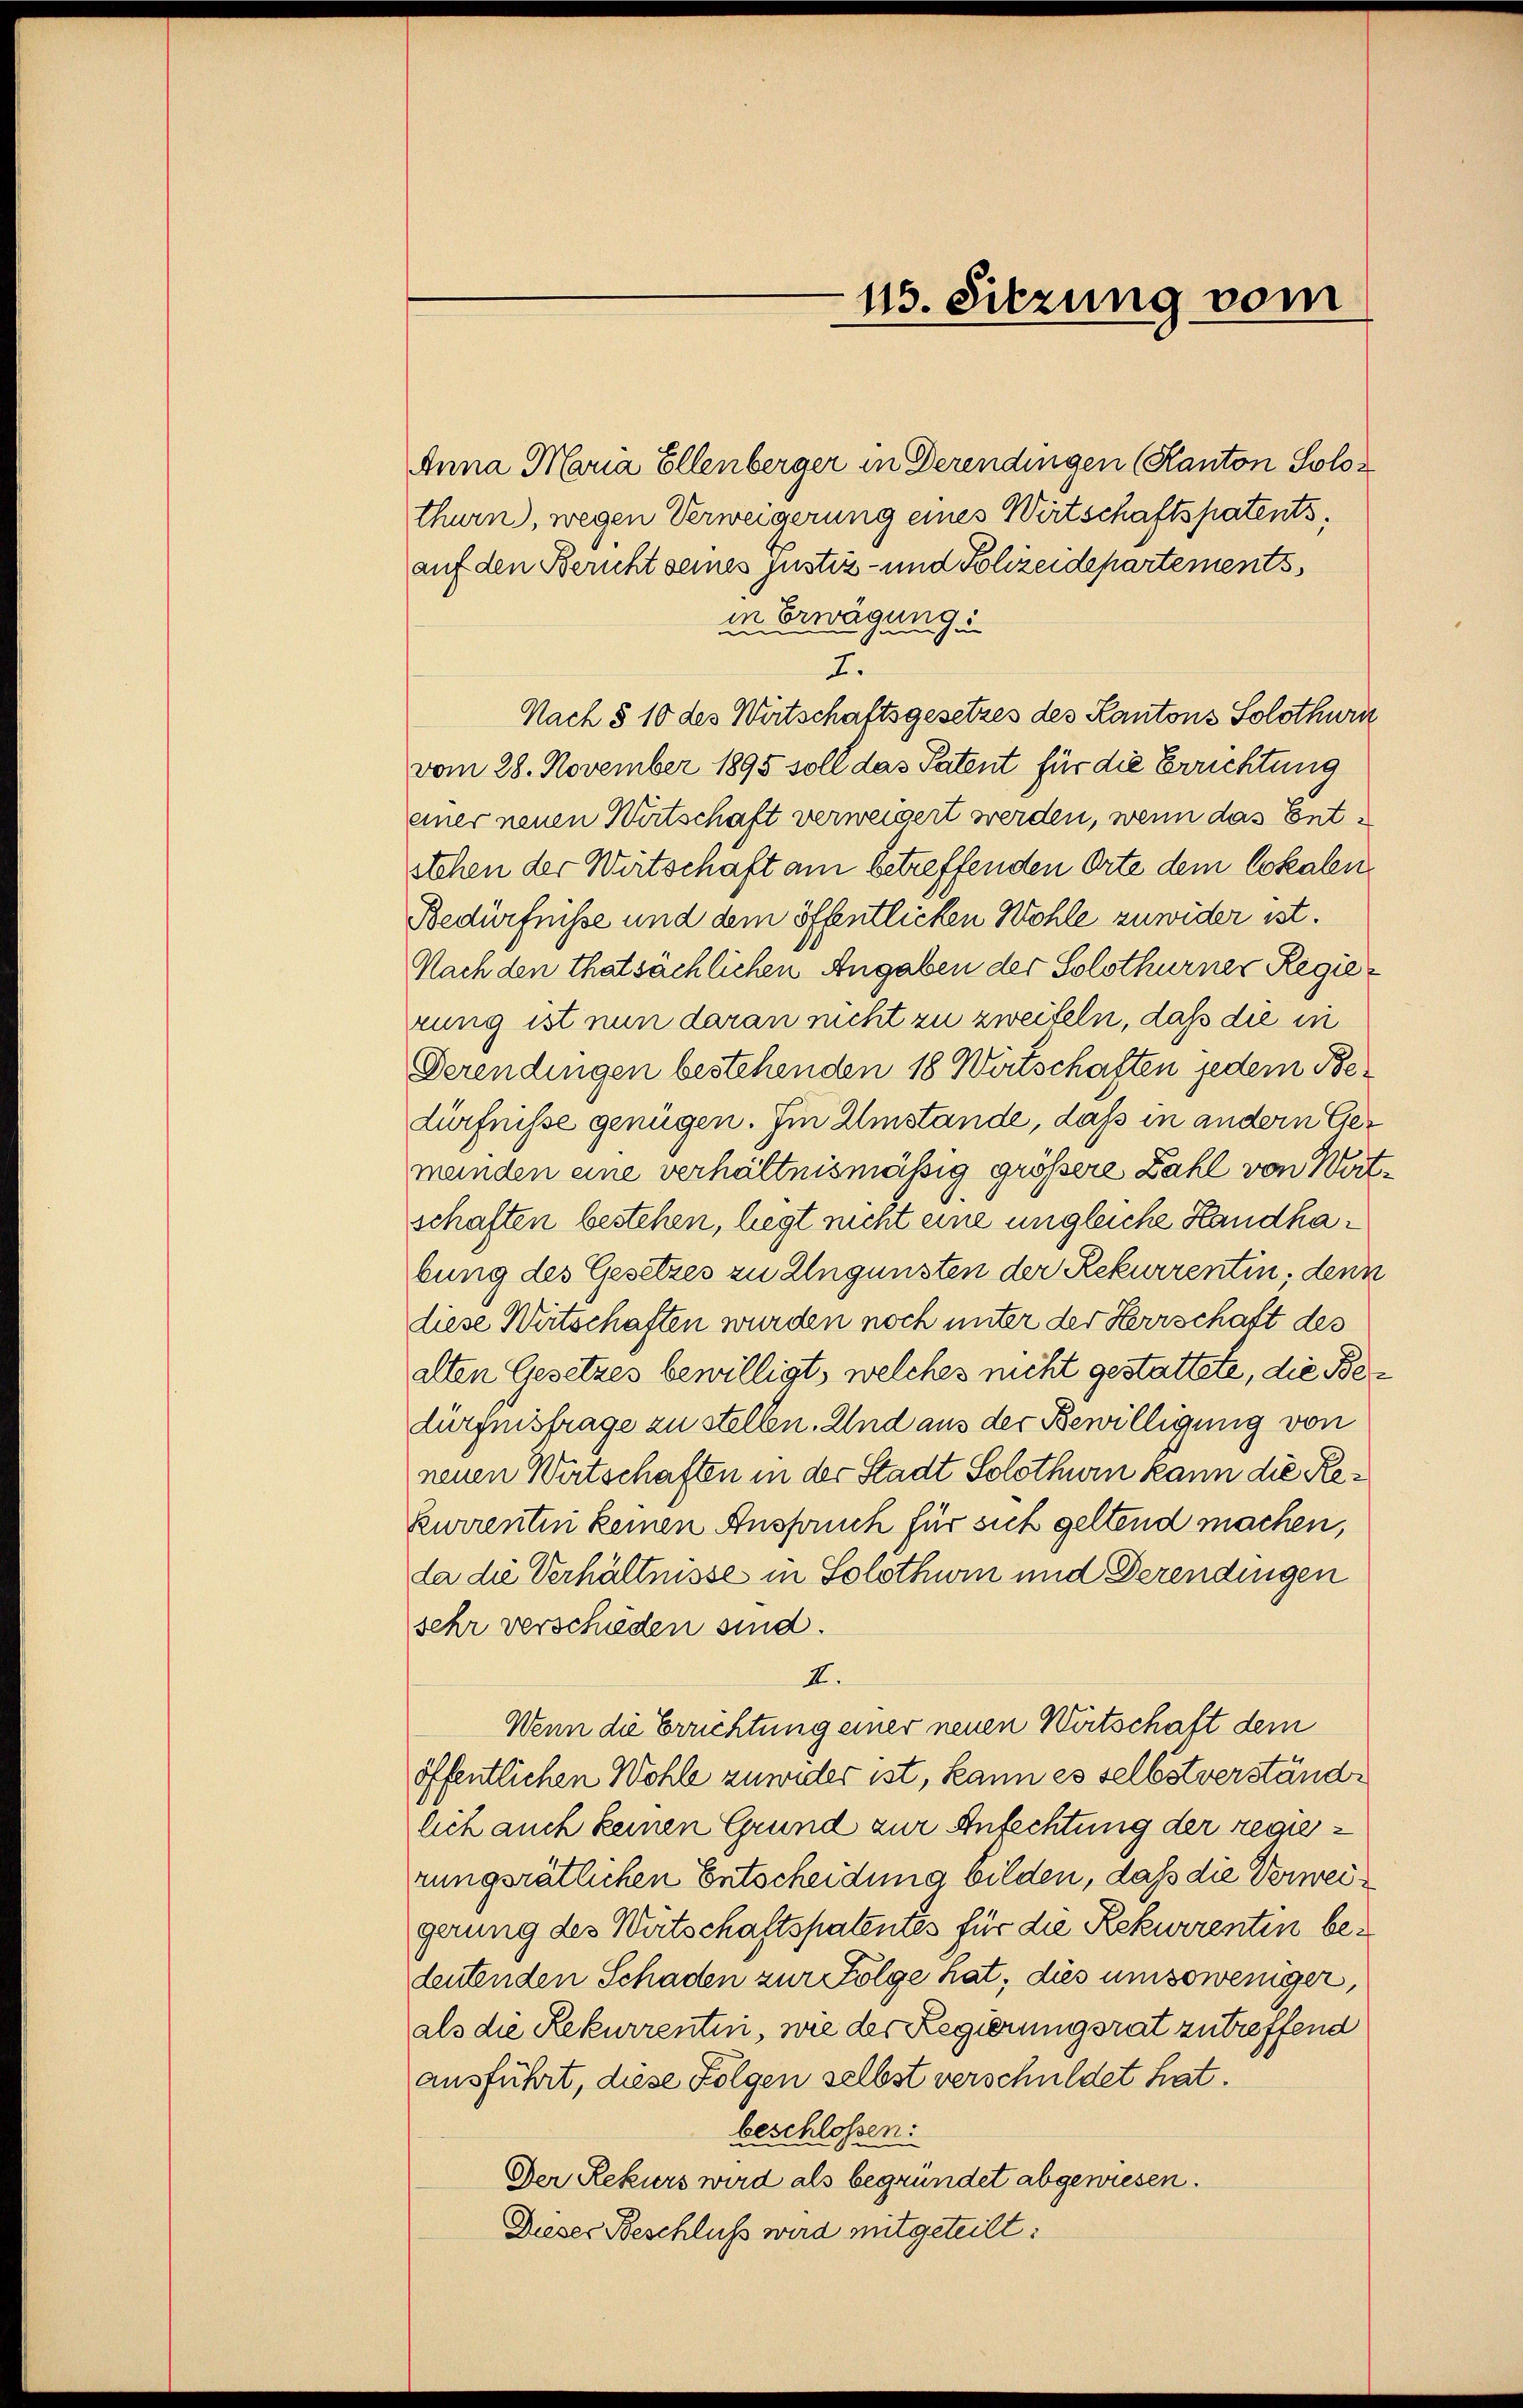
115. Sitzung vom

Anna Maria Ellenberger in Derendingen (Kanton Solothurn), wegen Verweigerung eines Wirtschaftspatents,
auf den Bericht seines justiz- und Polizeidepartements,
in Erwägung.
F.
Nach § 10 des Wirtschaftsgesetzes des Kantons Solothurn
vom 28. November 1895 soll das Patent für die Errichtung
einer neuen Wirtschaft verweigert werden, wenn das Entstehen der Wirtschaft am betreffenden Orte dem Lokalen
Bedürfnisse und dem öffentlichen Wohle zuwider ist.
Nach den thatsächlichen Angaben der Solothurner Regierung ist nun daran nicht zu zweifeln, daß die in
Derendingen bestehenden 18 Wirtschaften jedem Bedürfnisse genügen. Im Umstände, dass in andern Gemeinden eine verhältnismässig größere Zahl von Wartschaften bestehen, liegt nicht eine ungleiche Handhabung des Gesetzes zu Ungünsten der Rekurrentin, denn
diese Wirtschaften wurden noch unter der Herrschaft des
alten Gesetzes bewilligt, welches nicht gestattete, die Bedürfnisfrage zu stellen. Und aus der Bewilligung von
neuen Wirtschaften in der Stadt Solothurn kann die Rekurrentin keinen Anspruch für sich geltend machen,
da die Verhältnisse in Solothuin und Derendingen
sehr verschieden sind.
I.
Wenn die Errichtung einer neuen Wirtschaft dem
öffentlichen Wohle zuwider ist, kann es selbstverstände
lich auch keinen Grund zur Anfechtung der regierungsrätlichen Entscheidung bilden, daß die Verweigerung des Wirtschaftspatentes für die Rekurrentin bedeutenden Schaden zur Folge hat, dies umsoweniger,
als die Rekurrentin, wie der Regierungsrat zutreffend
ausführt, diese Folgen selbst verschuldet hat.
beschlossen:
Der Rekurs wird als begründet abgewiesen.
Dieser Beschluß wird mitgeteilt: